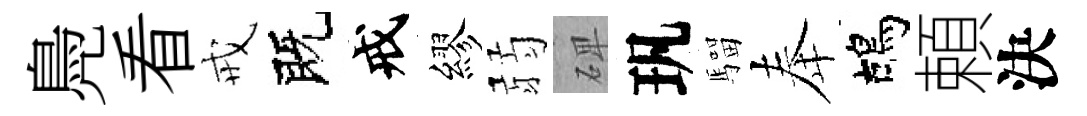
鳧看戒既戒繆弱𥓓㺬騮奉鴣頼決